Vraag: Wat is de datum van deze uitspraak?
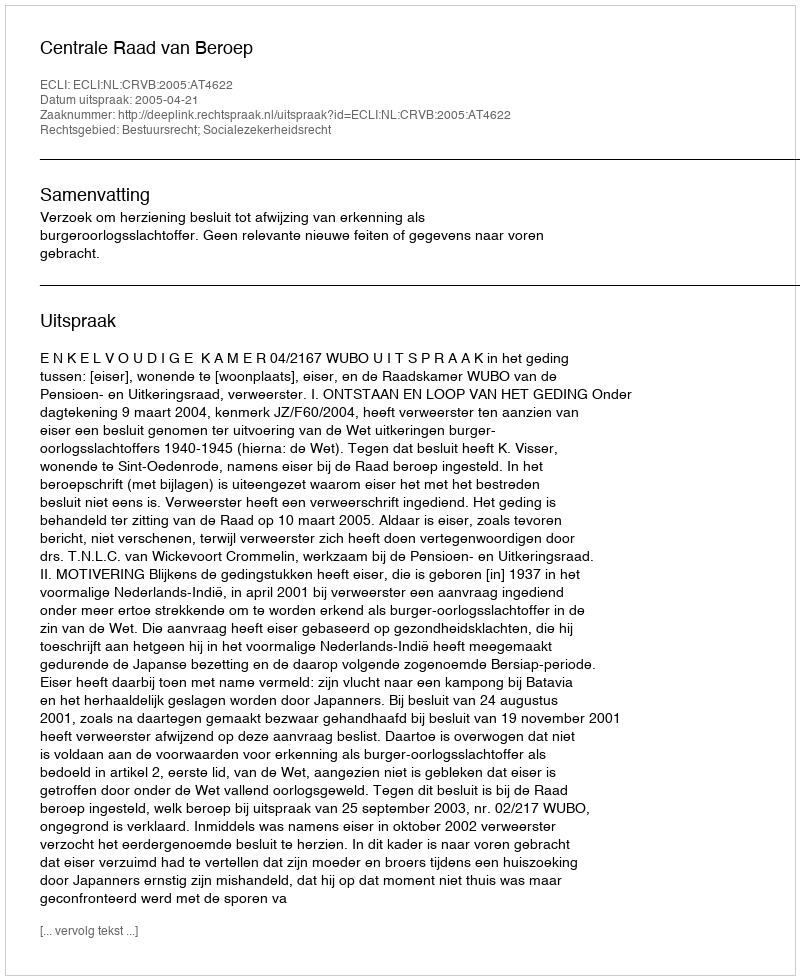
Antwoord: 2005-04-21